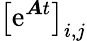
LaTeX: \left[\mathrm{e}^{\boldsymbol{A}t}\right]_{i,j}